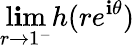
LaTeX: \operatorname*{l\mathbf{i}m}_{r\to1^{-}}h(re^{\mathbf{i}\theta})